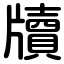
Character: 牘